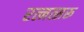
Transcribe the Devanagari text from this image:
रत्नत्सरू